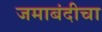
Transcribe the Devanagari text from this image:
जमाबंदीचा